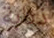
ذبابة